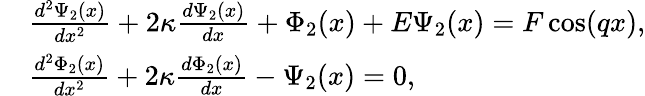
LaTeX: \begin{array}{rl}&{\frac{{{d^{2}}\Psi_{2}(x)}}{{d{x^{2}}}}+2\kappa\frac{{d\Psi_{2}(x)}}{{dx}}+\Phi_{2}(x)+E\Psi_{2}(x)=F\cos(qx),}\\ &{\frac{{{d^{2}}\Phi_{2}(x)}}{{d{x^{2}}}}+2\kappa\frac{{d\Phi_{2}(x)}}{{dx}}-\Psi_{2}(x)=0,}\end{array}